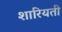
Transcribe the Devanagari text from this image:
शारियती